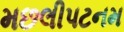
મછલીપટનમ